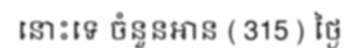
នោះទេ ចំនួនអាន ( 315 ) ថ្ងៃ